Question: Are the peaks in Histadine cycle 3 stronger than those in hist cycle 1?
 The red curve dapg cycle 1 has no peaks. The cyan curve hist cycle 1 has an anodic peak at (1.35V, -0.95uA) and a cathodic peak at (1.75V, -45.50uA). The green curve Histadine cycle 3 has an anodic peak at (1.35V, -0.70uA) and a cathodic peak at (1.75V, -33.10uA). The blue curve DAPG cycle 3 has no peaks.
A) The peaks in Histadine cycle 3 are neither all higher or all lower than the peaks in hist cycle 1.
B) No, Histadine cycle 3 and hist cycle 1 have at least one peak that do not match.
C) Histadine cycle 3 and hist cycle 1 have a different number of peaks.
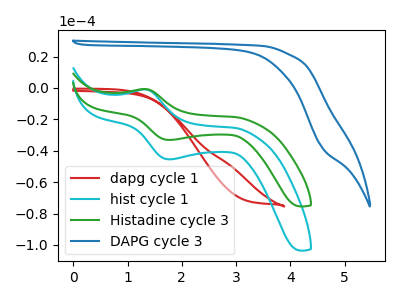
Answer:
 <answer>A) The peaks in "Histadine cycle 3" are neither all higher or all lower than the peaks in "hist cycle 1".</answer>
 <eval>A</eval>